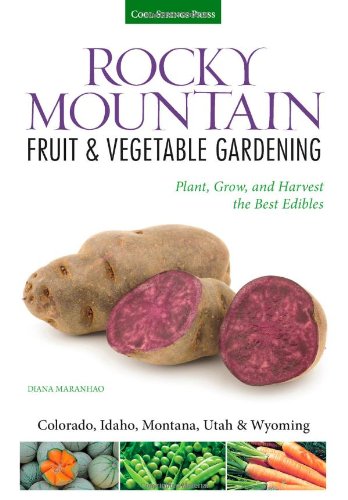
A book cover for Rocky Mountain Fruit & Vegetable Gardening: Plant, Grow, and Harvest the Best Edibles - Colorado, Idaho, Montana, Utah & Wyoming (Fruit & Vegetable Gardening Guides); Diana Maranhao; Crafts, Hobbies & Home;